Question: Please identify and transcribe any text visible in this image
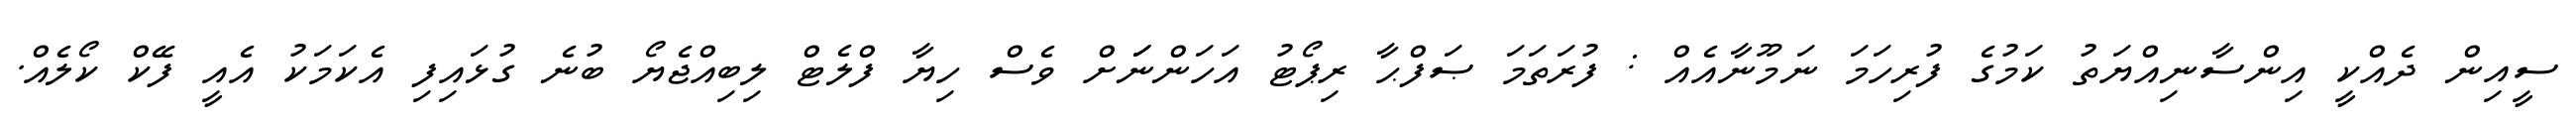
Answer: ސީއިން ދެއްކީ އިންސާނިއްޔަތު ކަމުގެ ފުރިހަމަ ނަމޫނާއެއް : ފުރަތަމަ ޞަފްޙާ ރިޕޯޓު އަހަންނަަށް ވެސް ހިޔާ ފްލެޓް ލިބިއްޖެޔޯ ބުނެ ގުޅައިފި އެކަމަކު އެއީ ފޭކް ކޯލެއް.